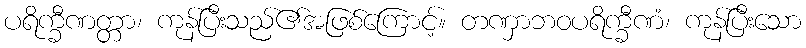
ပရိက္ခီဏတ္တာ၊ ကုန်ပြီးသည်၏အဖြစ်ကြောင့်။ တဏှာဘဝပရိက္ခီဏံ၊ ကုန်ပြီးသော